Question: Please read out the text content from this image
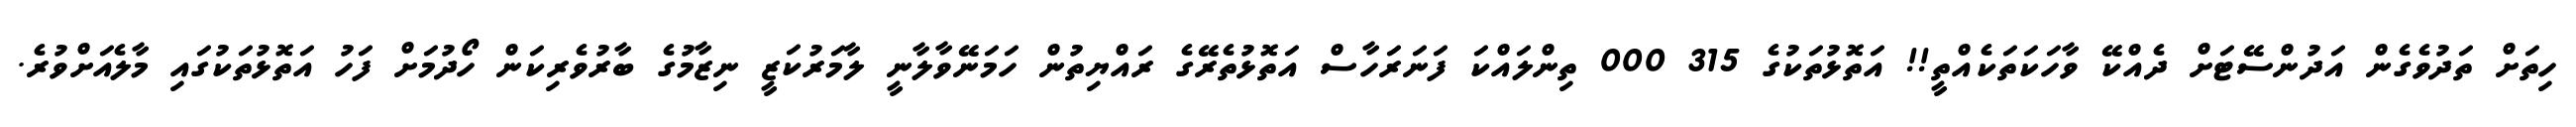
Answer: ހިތަށް ތަދުވެގެން އަދުންސޭޓަށް ދެއްކޭ ވާހަކަތަކެއްތީ!! އަތޮޅުތަކުގެ 315 000 ތިންލައްކަ ފަނަރަހާސް އަތޮޅުތެރޭގެ ރައްޔިތުން ހަމަނޭވާލާނީ ލާމަރުކަޒީ ނިޒާމުގެ ބާރުވެރިކަން ހޯދުމަށް ފަހު އަތޮޅުތަކުގައި މާލެއަށްވުރެ.